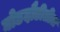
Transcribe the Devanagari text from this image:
घोडदौडीतील